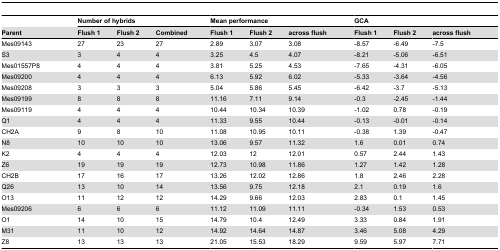
<table><thead><tr><td></td><td colspan="3"><b>Number of hybrids</b></td><td colspan="3"><b>Mean performance</b></td><td colspan="3"><b>GCA</b></td></tr><tr><td><b>Parent</b></td><td><b>Flush 1</b></td><td><b>Flush 2</b></td><td><b>Combined</b></td><td><b>Flush 1</b></td><td><b>Flush 2</b></td><td><b>across flush</b></td><td><b>Flush 1</b></td><td><b>Flush 2</b></td><td><b>across flush</b></td></tr></thead><tbody><tr><td>Mes09143</td><td>27</td><td>23</td><td>27</td><td>2.89</td><td>3.07</td><td>3.08</td><td>-8.57</td><td>-6.49</td><td>-7.5</td></tr><tr><td>S3</td><td>3</td><td>4</td><td>4</td><td>3.25</td><td>4.5</td><td>4.07</td><td>-8.21</td><td>-5.06</td><td>-6.51</td></tr><tr><td>Mes01557P8</td><td>4</td><td>4</td><td>4</td><td>3.81</td><td>5.25</td><td>4.53</td><td>-7.65</td><td>-4.31</td><td>-6.05</td></tr><tr><td>Mes09200</td><td>4</td><td>4</td><td>4</td><td>6.13</td><td>5.92</td><td>6.02</td><td>-5.33</td><td>-3.64</td><td>-4.56</td></tr><tr><td>Mes09208</td><td>3</td><td>3</td><td>3</td><td>5.04</td><td>5.86</td><td>5.45</td><td>-6.42</td><td>-3.7</td><td>-5.13</td></tr><tr><td>Mes09199</td><td>8</td><td>8</td><td>8</td><td>11.16</td><td>7.11</td><td>9.14</td><td>-0.3</td><td>-2.45</td><td>-1.44</td></tr><tr><td>Mes09119</td><td>4</td><td>4</td><td>4</td><td>10.44</td><td>10.34</td><td>10.39</td><td>-1.02</td><td>0.78</td><td>-0.19</td></tr><tr><td>Q1</td><td>4</td><td>4</td><td>4</td><td>11.33</td><td>9.55</td><td>10.44</td><td>-0.13</td><td>-0.01</td><td>-0.14</td></tr><tr><td>CH2A</td><td>9</td><td>8</td><td>10</td><td>11.08</td><td>10.95</td><td>10.11</td><td>-0.38</td><td>1.39</td><td>-0.47</td></tr><tr><td>N8</td><td>10</td><td>10</td><td>10</td><td>13.06</td><td>9.57</td><td>11.32</td><td>1.6</td><td>0.01</td><td>0.74</td></tr><tr><td>K2</td><td>4</td><td>4</td><td>4</td><td>12.03</td><td>12</td><td>12.01</td><td>0.57</td><td>2.44</td><td>1.43</td></tr><tr><td>Z6</td><td>19</td><td>19</td><td>19</td><td>12.73</td><td>10.98</td><td>11.86</td><td>1.27</td><td>1.42</td><td>1.28</td></tr><tr><td>CH2B</td><td>17</td><td>16</td><td>17</td><td>13.26</td><td>12.02</td><td>12.86</td><td>1.8</td><td>2.46</td><td>2.28</td></tr><tr><td>Q26</td><td>13</td><td>10</td><td>14</td><td>13.56</td><td>9.75</td><td>12.18</td><td>2.1</td><td>0.19</td><td>1.6</td></tr><tr><td>O13</td><td>11</td><td>12</td><td>12</td><td>14.29</td><td>9.66</td><td>12.03</td><td>2.83</td><td>0.1</td><td>1.45</td></tr><tr><td>Mes09206</td><td>6</td><td>6</td><td>6</td><td>11.12</td><td>11.09</td><td>11.11</td><td>-0.34</td><td>1.53</td><td>0.53</td></tr><tr><td>O1</td><td>14</td><td>10</td><td>15</td><td>14.79</td><td>10.4</td><td>12.49</td><td>3.33</td><td>0.84</td><td>1.91</td></tr><tr><td>M31</td><td>11</td><td>10</td><td>12</td><td>14.92</td><td>14.64</td><td>14.87</td><td>3.46</td><td>5.08</td><td>4.29</td></tr><tr><td>Z8</td><td>13</td><td>13</td><td>13</td><td>21.05</td><td>15.53</td><td>18.29</td><td>9.59</td><td>5.97</td><td>7.71</td></tr></tbody></table>